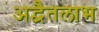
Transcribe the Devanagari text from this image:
अद्वैतलाभ